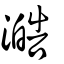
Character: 澔